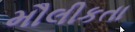
મૌલીકતા